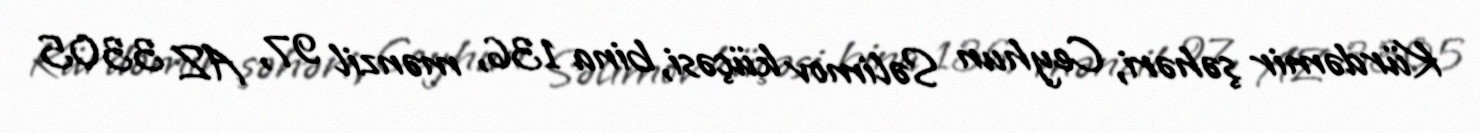
Kürdəmir şəhəri, Ceyhun Səlimov küçəsi, bina 136, mənzil 97, AZ 3305